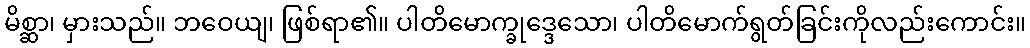
မိစ္ဆာ၊ မှားသည်။ ဘဝေယျ၊ ဖြစ်ရာ၏။ ပါတိမောက္ခုဒ္ဒေသော၊ ပါတိမောက်ရွတ်ခြင်းကိုလည်းကောင်း။